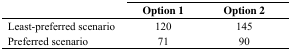
|  | Option 1 | Option 2 |
 | --- | --- | --- |
 | Least-preferred scenario | 120 | 145 |
 | Preferred scenario | 71 | 90 |